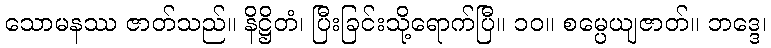
သောမနဿ ဇာတ်သည်။ နိဋ္ဌိတံ၊ ပြီးခြင်းသို့ရောက်ပြီ။ ၁၀။ စမ္ပေယျဇာတ်။ ဘဒ္ဒေ၊